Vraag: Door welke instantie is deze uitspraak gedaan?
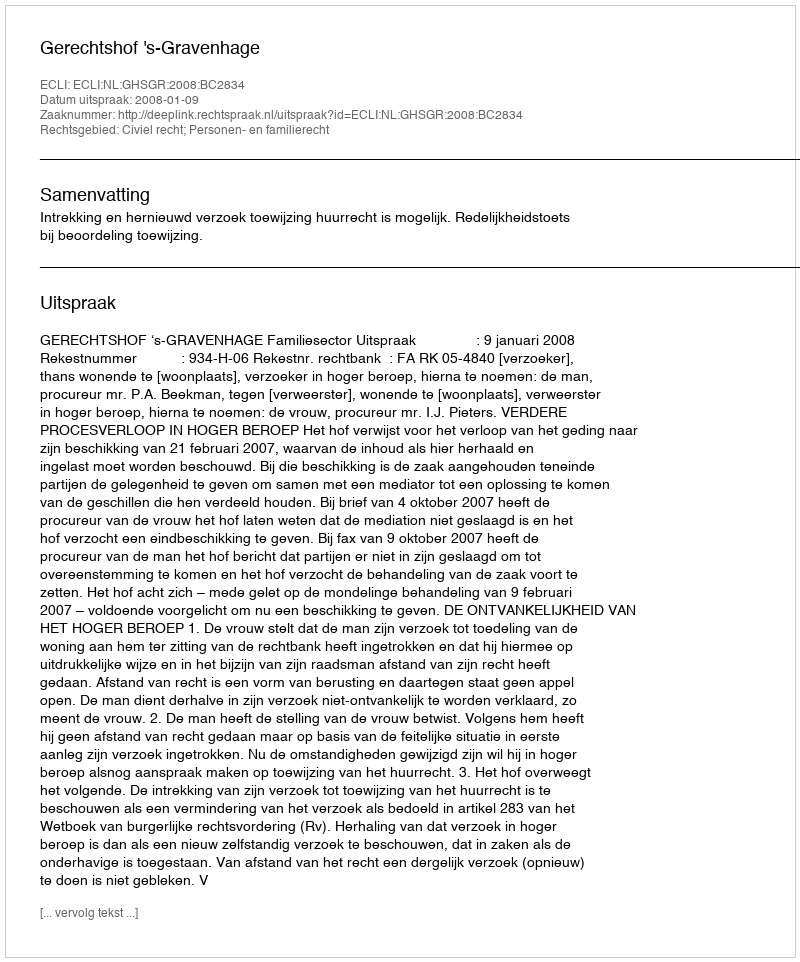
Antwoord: Gerechtshof 's-Gravenhage